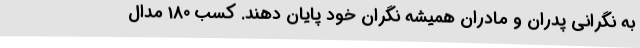
به نگرانی پدران و مادران همیشه نگران خود پایان دهند. کسب 180 مدال